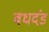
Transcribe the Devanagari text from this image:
वधदंड